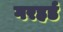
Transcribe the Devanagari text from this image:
गरहर्ड